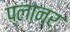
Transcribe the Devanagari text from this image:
प्‍लानर